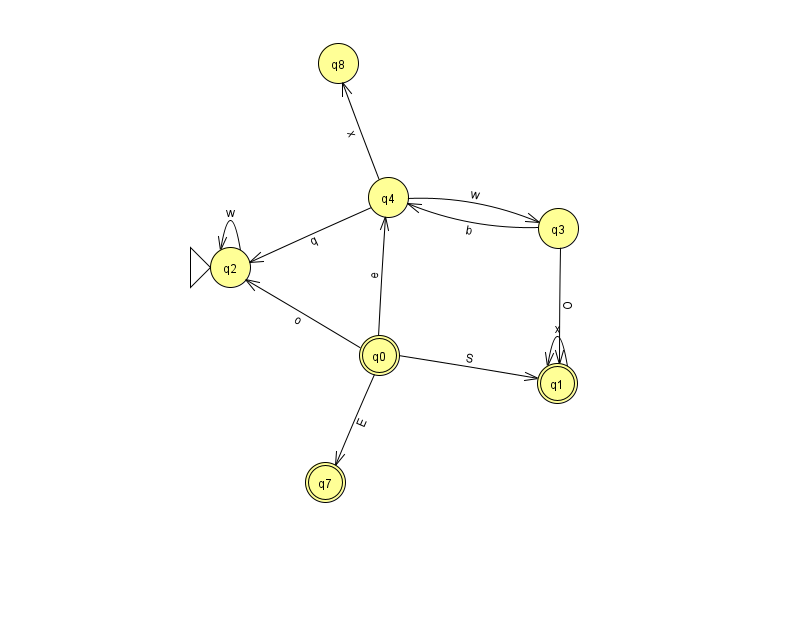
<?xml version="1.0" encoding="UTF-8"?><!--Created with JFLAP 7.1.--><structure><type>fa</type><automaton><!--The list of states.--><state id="0" name="q0"><x>379.0</x><y>342.0</y><final/></state><state id="1" name="q1"><x>557.0</x><y>370.0</y><final/></state><state id="2" name="q2"><x>230.0</x><y>254.0</y><initial/></state><state id="3" name="q3"><x>558.0</x><y>215.0</y></state><state id="4" name="q4"><x>388.0</x><y>184.0</y></state><state id="7" name="q7"><x>325.0</x><y>469.0</y><final/></state><state id="8" name="q8"><x>338.0</x><y>50.0</y></state><!--The list of transitions.--><transition><from>3</from><to>1</to><read>O</read></transition><transition><from>0</from><to>7</to><read>E</read></transition><transition><from>2</from><to>2</to><read>w</read></transition><transition><from>1</from><to>1</to><read>x</read></transition><transition><from>0</from><to>4</to><read>e</read></transition><transition><from>3</from><to>4</to><read>b</read></transition><transition><from>4</from><to>8</to><read>x</read></transition><transition><from>0</from><to>1</to><read>S</read></transition><transition><from>4</from><to>3</to><read>w</read></transition><transition><from>0</from><to>2</to><read>o</read></transition><transition><from>4</from><to>2</to><read>q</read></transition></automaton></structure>